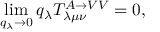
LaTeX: \operatorname * { l i m } _ { q _ { \lambda } \rightarrow 0 } q _ { \lambda } T _ { \lambda \mu \nu } ^ { A \rightarrow V V } = 0 ,